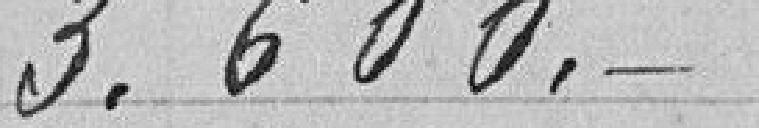
3.600 francs